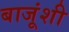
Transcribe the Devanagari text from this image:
बाजूंशी